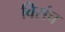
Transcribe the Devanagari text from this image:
विसंच